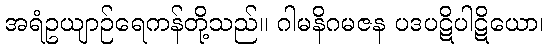
အရံဥယျာဉ်ရေကန်တို့သည်။ ဂါမနိဂမဇန ပဒပဋိပါဋိယော၊